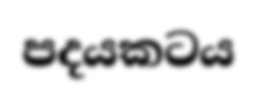
පදයකටය